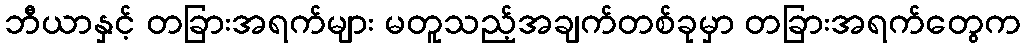
ဘီယာနှင့် တခြားအရက်များ မတူသည့်အချက်တစ်ခုမှာ တခြားအရက်တွေက